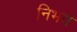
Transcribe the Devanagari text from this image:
निभय